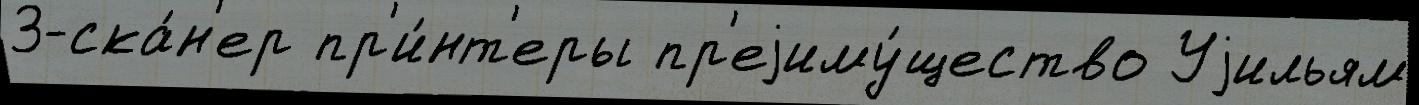
3-ска́н'ер пр'и́нт'еры пр'еjиму́щество Уjильям